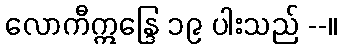
လောကီဣန္ဒြေ ၁၉ ပါးသည် --။